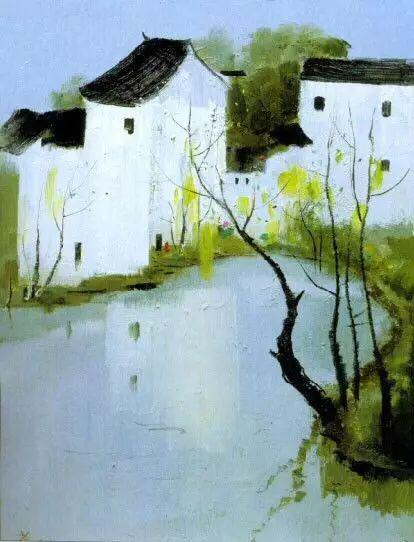
叶润林塘密，衣干枕席清。